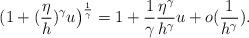
LaTeX: \begin{align*}( 1+(\frac{\eta}{h})^\gamma u\big)^{\frac{1}{\gamma}}=1+\frac{1}{\gamma}\frac{\eta^\gamma}{h^\gamma}u+o(\frac{1}{h^{\gamma}}). \end{align*}